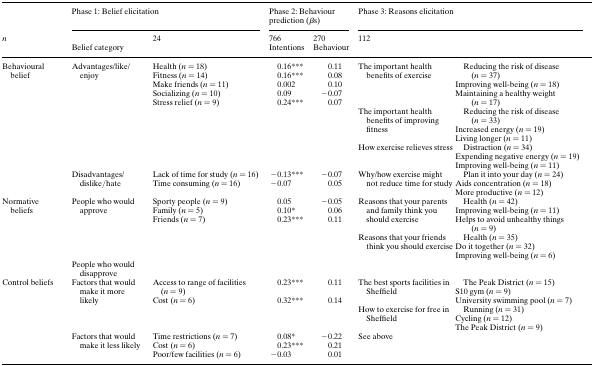
<table><thead><tr><td></td><td colspan="2"><b>Phase 1: Belief elicitation</b></td><td colspan="2"><b>Phase 2: Behaviour prediction (<i>β</i>s)</b></td><td colspan="2"><b>Phase 3: Reasons elicitation</b></td><td></td></tr><tr><td><b><i>n</i></b></td><td></td><td><b>24</b></td><td><b>766</b></td><td><b>270</b></td><td colspan="2"><b>112</b></td><td></td></tr><tr><td></td><td><b>Belief category</b></td><td></td><td><b>Intentions</b></td><td><b>Behaviour</b></td><td colspan="2"></td><td></td></tr></thead><tbody><tr><td rowspan="9">Behavioural belief</td><td rowspan="7">Advantages/like/enjoy</td><td>Health (<i>n</i> = 18)</td><td>0.16***</td><td>0.11</td><td rowspan="5">The important health benefits of exercise</td><td rowspan="5">Reducing the risk of disease (<i>n</i> = 37)Improving well-being (<i>n</i> = 18)Maintaining a healthy weight (<i>n</i> = 17)</td><td></td></tr><tr><td>Fitness (<i>n</i> = 14)</td><td>0.16***</td><td>0.08</td><td></td></tr><tr><td>Make friends (<i>n</i> = 11)</td><td>0.002</td><td>0.10</td><td></td></tr><tr><td>Socializing (<i>n</i> = 10)</td><td>0.09</td><td>−0.07</td><td></td></tr><tr><td rowspan="3">Stress relief (<i>n</i> = 9)</td><td rowspan="3">0.24***</td><td rowspan="3">0.07</td><td></td></tr><tr><td>The important health benefits of improving fitness</td><td>Reducing the risk of disease (<i>n</i> = 33)Increased energy (<i>n</i> = 19)Living longer (<i>n</i> = 11)</td><td></td></tr><tr><td>How exercise relieves stress</td><td>Distraction (<i>n</i> = 34)Expending negative energy (<i>n</i> = 19)Improving well-being (<i>n</i> = 11)</td><td></td></tr><tr><td rowspan="2">Disadvantages/dislike/hate</td><td>Lack of time for study (<i>n</i> = 16)</td><td>−0.13***</td><td>−0.07</td><td rowspan="2">Why/how exercise might not reduce time for study</td><td rowspan="2">Plan it into your day (<i>n</i> = 24)Aids concentration (<i>n</i> = 18)More productive (<i>n</i> = 12)</td><td></td></tr><tr><td>Time consuming (<i>n</i> = 16)</td><td>−0.07</td><td>0.05</td><td></td></tr><tr><td rowspan="5">Normative beliefs</td><td rowspan="4">People who would approve</td><td>Sporty people (<i>n</i> = 9)</td><td>0.05</td><td>−0.05</td><td rowspan="3">Reasons that your parents and family think you should exercise</td><td rowspan="3">Health (<i>n</i> = 42)Improving well-being (<i>n</i> = 11)Helps to avoid unhealthy things (<i>n</i> = 9)</td><td></td></tr><tr><td>Family (<i>n</i> = 5)</td><td>0.10*</td><td>0.06</td><td></td></tr><tr><td rowspan="2">Friends (<i>n</i> = 7)</td><td rowspan="2">0.23***</td><td rowspan="2">0.11</td><td></td></tr><tr><td>Reasons that your friends think you should exercise</td><td>Health (<i>n</i> = 35)Do it together (<i>n</i> = 32)Improving well-being (<i>n</i> = 6)</td><td></td></tr><tr><td>People who would disapprove</td><td></td><td></td><td></td><td></td><td></td><td></td></tr><tr><td rowspan="6">Control beliefs</td><td rowspan="3">Factors that would make it more likely</td><td>Access to range of facilities (<i>n</i> = 9)</td><td>0.23***</td><td>0.11</td><td rowspan="2">The best sports facilities in Sheffield</td><td rowspan="2">The Peak District (<i>n</i> = 15)S10 gym (<i>n</i> = 9)University swimming pool (<i>n</i> = 7)</td><td></td></tr><tr><td rowspan="2">Cost (<i>n</i> = 6)</td><td rowspan="2">0.32***</td><td rowspan="2">0.14</td><td></td></tr><tr><td>How to exercise for free in Sheffield</td><td>Running (<i>n</i> = 31)Cycling (<i>n</i> = 12)The Peak District (<i>n</i> = 9)</td><td></td></tr><tr><td rowspan="3">Factors that would make it less likely</td><td>Time restrictions (<i>n</i> = 7)</td><td>0.08*</td><td>−0.22</td><td rowspan="3">See above</td><td rowspan="3"></td><td></td></tr><tr><td>Cost (<i>n</i> = 6)</td><td>0.23***</td><td>0.21</td><td></td></tr><tr><td>Poor/few facilities (<i>n</i> = 6)</td><td>−0.03</td><td>0.01</td><td></td></tr></tbody></table>